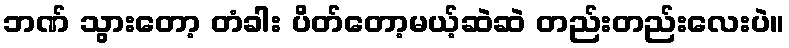
ဘဏ် သွားတော့ တံခါး ပိတ်တော့မယ့်ဆဲဆဲ တည်းတည်းလေးပဲ။